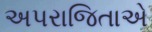
અપરાજિતાએ